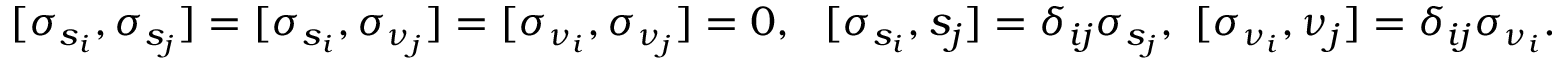
[ \sigma _ { s _ { i } } , \sigma _ { s _ { j } } ] = [ \sigma _ { s _ { i } } , \sigma _ { \nu _ { j } } ] = [ \sigma _ { \nu _ { i } } , \sigma _ { \nu _ { j } } ] = 0 , \, \, \ [ \sigma _ { s _ { i } } , s _ { j } ] = \delta _ { i j } \sigma _ { s _ { j } } , \, \, [ \sigma _ { \nu _ { i } } , \nu _ { j } ] = \delta _ { i j } \sigma _ { \nu _ { i } } .